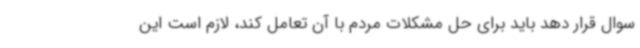
سوال قرار دهد باید برای حل مشکلات مردم با آن تعامل کند، لازم است این